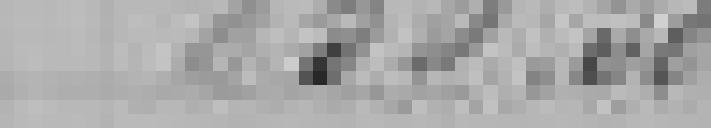
256,50